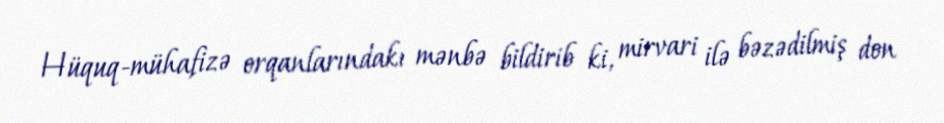
Hüquq-mühafizə orqanlarındakı mənbə bildirib ki, mirvari ilə bəzədilmiş don